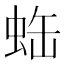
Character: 𧊦